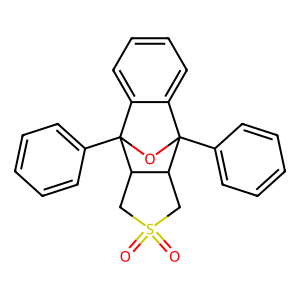
SMILES: O=S1(=O)CC2C(C1)C1(c3ccccc3)OC2(c2ccccc2)c2ccccc21
Inhibits HIV replication: No